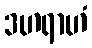
ဒဟရာဟံ